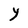
Character: Y